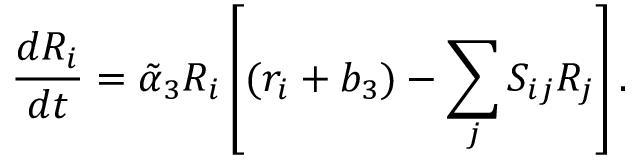
{ \frac { d R _ { i } } { d t } } = \tilde { \alpha } _ { 3 } R _ { i } \left[ ( r _ { i } + b _ { 3 } ) - \sum _ { j } S _ { i j } R _ { j } \right] .